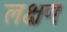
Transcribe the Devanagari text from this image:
लक्षणः